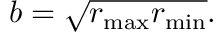
b = { \sqrt { r _ { \operatorname* { m a x } } r _ { \operatorname* { m i n } } } } .